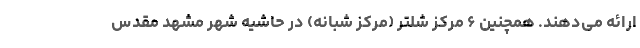
ارائه می‌دهند. همچنین ۶ مرکز شلتر (مرکز شبانه) در حاشیه شهر مشهد مقدس